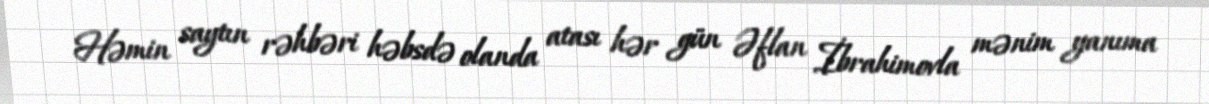
Həmin saytın rəhbəri həbsdə olanda atası hər gün Əflan İbrahimovla mənim yanıma